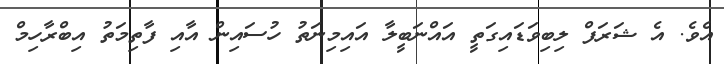
އެވެ. އެ ޝަރަފް ލިބިވަޑައިގަތީ އައްނަބީލާ އައިމިނަތު ހުސައިން އާއި ފާތިމަތު އިބްރާހިމް